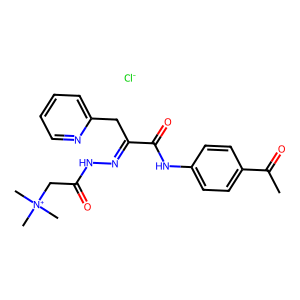
SMILES: CC(=O)c1ccc(NC(=O)C(Cc2ccccn2)=NNC(=O)C[N+](C)(C)C)cc1.[Cl-]
Inhibits HIV replication: No